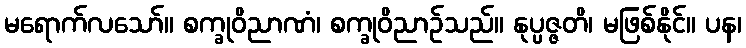
မရောက်လသော်။ စက္ခုဝိညာဏံ၊ စက္ခုဝိညာဉ်သည်။ နုပ္ပဇ္ဇတိ၊ မဖြစ်နိုင်။ ပန၊